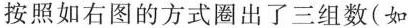
按照如右图的方式圈出了三组数(如